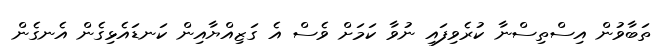
ތަބާވުން އިސްތިސްނާ ކުރެވިފައި ނުވާ ކަމަށް ވެސް އެ ގަޒިއްޔާއިން ކަނޑައެޅިގެން އެނގެން